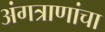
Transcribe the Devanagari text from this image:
अंगत्राणांचा